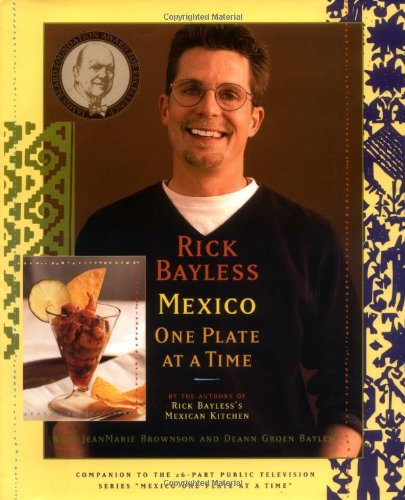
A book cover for Rick Bayless Mexico One Plate At A Time; Rick Bayless; Cookbooks, Food & Wine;